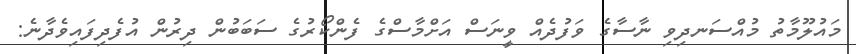
މައުލޫމާތު މުއްސަނދިވި ނާސާގެ ވަފުދެއް ވީނަސް އަށްމާސްގެ ފެންކޯރުގެ ސަބަބުން ދިރުން އުފެދިފައިވެދާނެ: